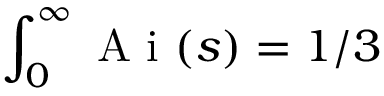
\int _ { 0 } ^ { \infty } \mathrm { ~ A ~ i ~ } ( s ) = 1 / 3